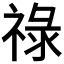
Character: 祿